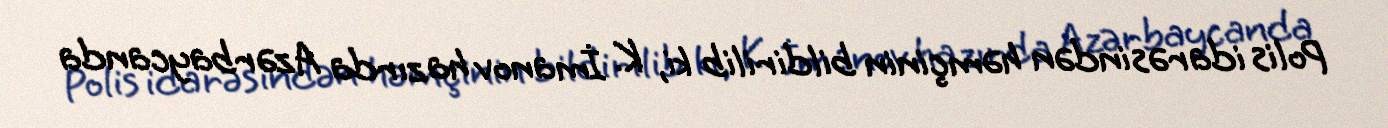
Polis idarəsindən həmçinin bildirilib ki, K. İmanov hazırda Azərbaycanda